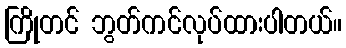
ကြိုတင် ဘွတ်ကင်လုပ်ထားပါတယ်။